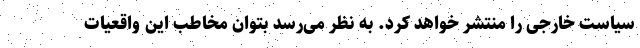
سیاست خارجی را منتشر خواهد کرد. به نظر می‌رسد بتوان مخاطب این واقعیات